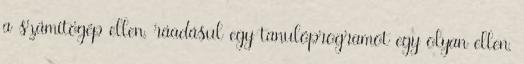
a számítógép ellen, ráadásul egy tanulóprogramot egy olyan ellen,